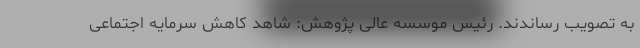
به تصویب رساندند. رئیس موسسه عالی پژوهش: شاهد کاهش سرمایه اجتماعی